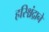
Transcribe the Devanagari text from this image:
हरिश्चंद्राने